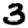
Digit: 3